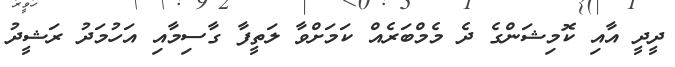
ދީދީ އާއި ކޮމިޝަންގެ ދެ މެމްބަރެއް ކަމަށްވާ ލަތީފާ ގާސިމާއި އަހުމަދު ރަޝީދު